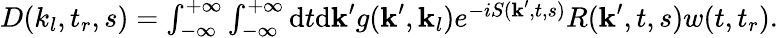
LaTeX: \begin{array}{r}{D(k_{l},t_{r},s)=\int_{-\infty}^{+\infty}\int_{-\infty}^{+\infty}\mathrm{d}t\mathrm{d}\textbf{k}^{\prime}g(\textbf{k}^{\prime},\textbf{k}_{l})e^{-iS(\textbf{k}^{\prime},t,s)}R(\textbf{k}^{\prime},t,s)w(t,t_{r}).}\end{array}